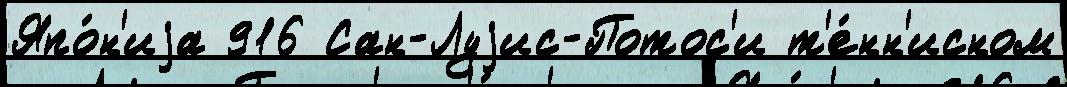
Япо́н'иjа 916 Сан-Луjис-Потос'и т'е́нн'исном